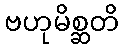
ဗဟုမိစ္ဆတိ